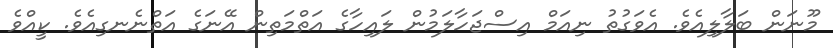
މޫނަން ބަލާލިއެވެ. އެވަގުތު ނިއަމް އިސްޖަހާލަމުން ލައިހާގެ އަތްމަތިން އޭނަގެ އަތްނެނގިއެވެ. ކީއްވެ